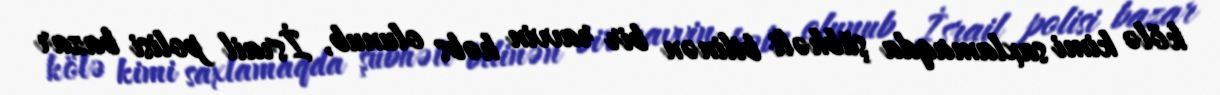
kölə kimi saxlamaqda şübhəli bilinən bir ravvin həbs olunub, İsrail polisi bazar